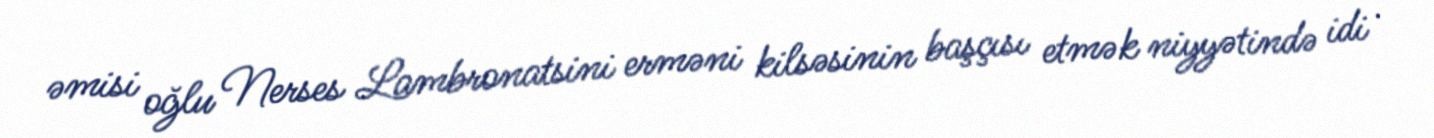
əmisi oğlu Nerses Lambronatsini erməni kilsəsinin başçısı etmək niyyətində idi .